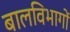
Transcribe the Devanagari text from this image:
बालविभागों